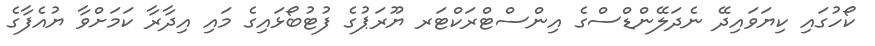
ކޯހުގައި ކިޔަވައިދޭ ނެދަލޭންޑްސްގެ އިންސްޓްރަކްޓަރ ޔޫރަޕުގެ ފުޓުބޯޅައިގެ މައި އިދާރާ ކަމަށްވާ ޔުއެފާގެ